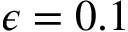
\epsilon = 0 . 1